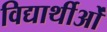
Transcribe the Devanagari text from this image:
विद्यार्थीओं